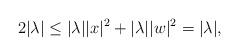
LaTeX: \begin{align*}2|\lambda|\leq |\lambda||x|^2+|\lambda| |w|^2=|\lambda|,\end{align*}